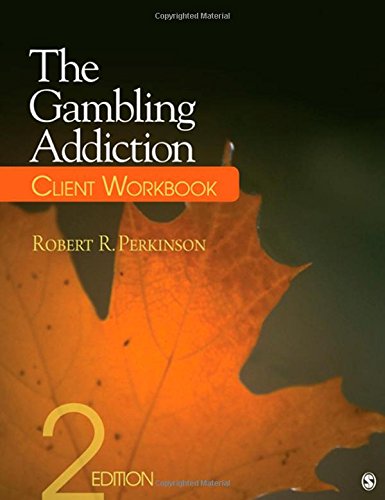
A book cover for The Gambling Addiction Client Workbook; Robert R. Perkinson; Health, Fitness & Dieting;